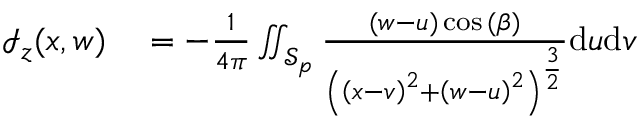
\begin{array} { r l } { \mathcal { I } _ { z } ( x , w ) } & { { } = - \frac { 1 } { 4 \pi } \iint _ { \mathcal { S } _ { p } } \frac { ( w - u ) \cos { ( \beta ) } } { \left( \left( x - v \right) ^ { 2 } + \left( w - u \right) ^ { 2 } \right) ^ { \frac { 3 } { 2 } } } \mathrm { d } u \mathrm { d } v } \end{array}